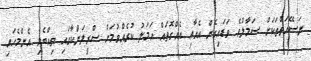
ނަސޭހަތްތަކަށް ސަމާލުވެ ވަޑައިގެން އެއާއި އެއްގޮތައް އަމަލު ކުރެއްވުމަށް ސްރީލަންކާގައި ތިއްބެވި އެންމެހައި